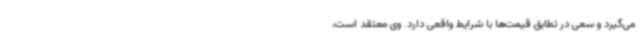
می‌گیرد و سعی در تطابق قیمت‌ها با شرایط واقعی دارد. وی معتقد است،